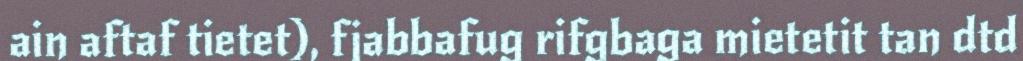
ain aftaf tietet), fjabbafug rifgbaga mietetit tan dtd